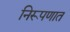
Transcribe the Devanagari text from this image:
निरूपणात